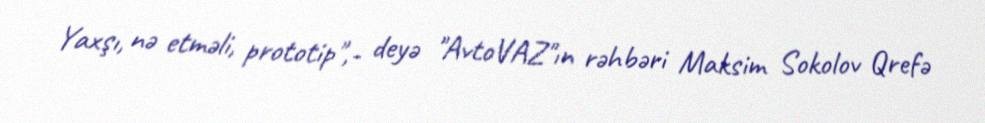
Yaxşı, nə etməli, prototip",- deyə "AvtoVAZ"ın rəhbəri Maksim Sokolov Qrefə